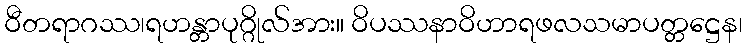
ဝီတရာဂဿ၊ရဟန္တာပုဂ္ဂိုလ်အား။ ဝိပဿနာဝိဟာရဖလသမာပတ္တဋ္ဌေန၊